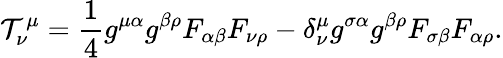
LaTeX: {\cal T}_{\nu}^{\mu}=\frac{1}{4}g^{\mu\alpha}g^{\beta\rho}F_{\alpha\beta}F_{\nu\rho}-\delta_{\nu}^{\mu}g^{\sigma\alpha}g^{\beta\rho}F_{\sigma\beta}F_{\alpha\rho}.